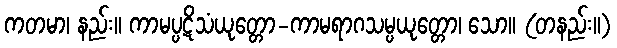
ကတမာ၊ နည်း။ ကာမပ္ပဋိသံယုတ္တော-ကာမရာဂသမ္ပယုတ္တော၊ သော။ (တနည်း။)